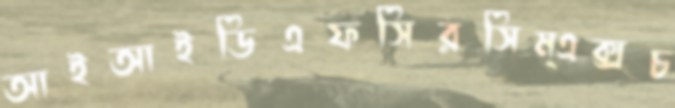
আইআইডিএফসিরসিম্এক্সচ